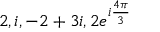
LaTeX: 2 , i , - 2 + 3 i , 2 e ^ { i { \frac { 4 \pi } { 3 } } }